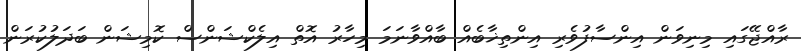
ރާއްޖޭގައި މިނިވަން އިންސާފުވެރި އިންތިޚާބެއް ބާއްވާނަމަ މިހާރު އޮތް އިލެކްޝަންސް ކޮމިޝަން ބަދަލުކުރަން